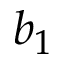
b _ { 1 }